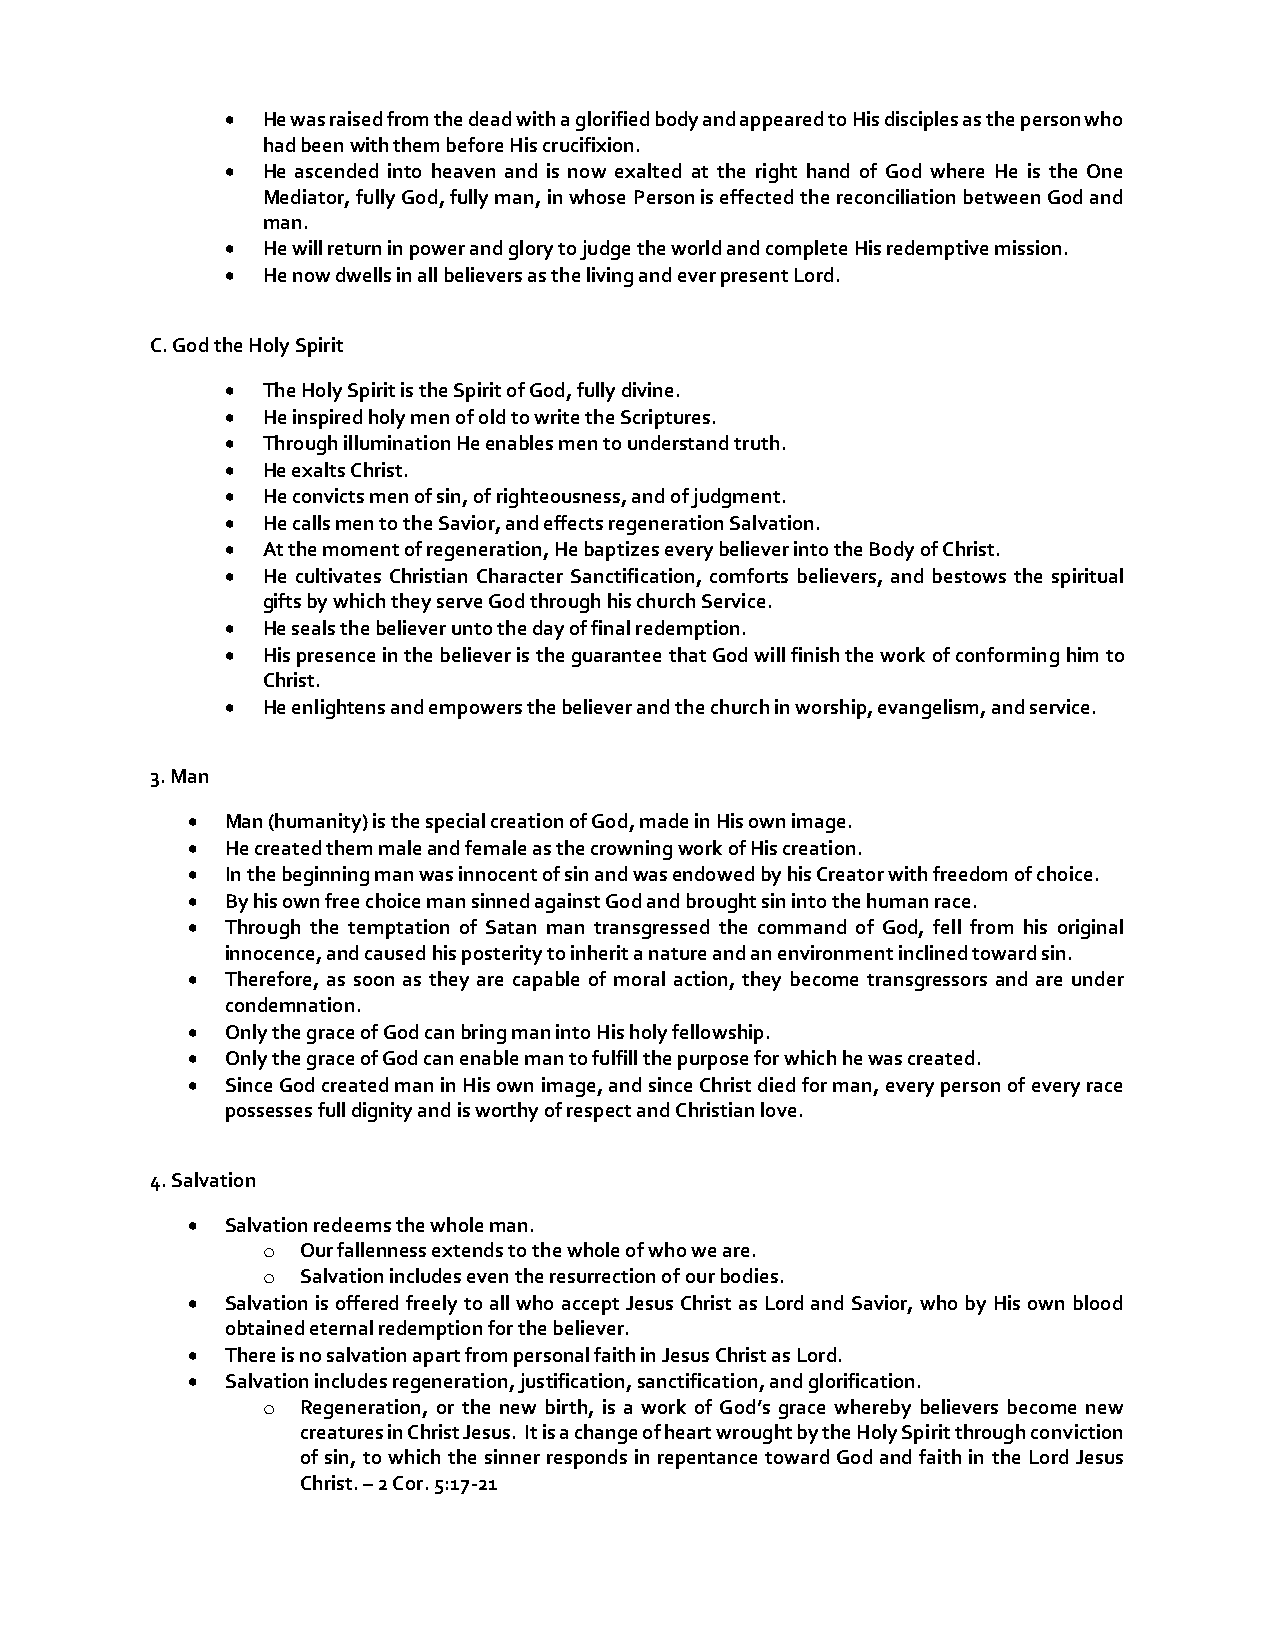
• He was raised from the dead with a glorified body and appeared to His disciples as the person who
 had been with them before His crucifixion.
 • He ascended into heaven and is now exalted at the right hand of God where He is the One
 Mediator, fully God, fully man, in whose Person is effected the reconciliation between God and
 man.
 • He will return in power and glory to judge the world and complete His redemptive mission.
 • He now dwells in all believers as the living and ever present Lord.
 C. God the Holy Spirit
 • The Holy Spirit is the Spirit of God, fully divine.
 • He inspired holy men of old to write the Scriptures.
 • Through illumination He enables men to understand truth.
 • He exalts Christ.
 • He convicts men of sin, of righteousness, and of judgment.
 • He calls men to the Savior, and effects regeneration Salvation.
 • At the moment of regeneration, He baptizes every believer into the Body of Christ.
 • He cultivates Christian Character Sanctification, comforts believers, and bestows the spiritual
 gifts by which they serve God through his church Service.
 • He seals the believer unto the day of final redemption.
 • His presence in the believer is the guarantee that God will finish the work of conforming him to
 Christ.
 • He enlightens and empowers the believer and the church in worship, evangelism, and service.
 3. Man
 •  Man (humanity) is the special creation of God, made in His own image.
 •  He created them male and female as the crowning work of His creation.
 •  In the beginning man was innocent of sin and was endowed by his Creator with freedom of choice.
 •  By his own free choice man sinned against God and brought sin into the human race.
 •  Through the temptation of Satan man transgressed the command of God, fell from his original
 innocence, and caused his posterity to inherit a nature and an environment inclined toward sin.
 •  Therefore, as soon as they are capable of moral action, they become transgressors and are under
 condemnation.
 •  Only the grace of God can bring man into His holy fellowship.
 •  Only the grace of God can enable man to fulfill the purpose for which he was created.
 •  Since God created man in His own image, and since Christ died for man, every person of every race
 possesses full dignity and is worthy of respect and Christian love.
 4. Salvation
 •  Salvation redeems the whole man.
 o  Our fallenness extends to the whole of who we are.
 o  Salvation includes even the resurrection of our bodies.
 •  Salvation is offered freely to all who accept Jesus Christ as Lord and Savior, who by His own blood
 obtained eternal redemption for the believer.
 •  There is no salvation apart from personal faith in Jesus Christ as Lord.
 •  Salvation includes regeneration, justification, sanctification, and glorification.
 o  Regeneration, or the new birth, is a work of God’s grace whereby believers become new
 creatures in Christ Jesus. It is a change of heart wrought by the Holy Spirit through conviction
 of sin, to which the sinner responds in repentance toward God and faith in the Lord Jesus
 Christ. – 2 Cor. 5:17-21